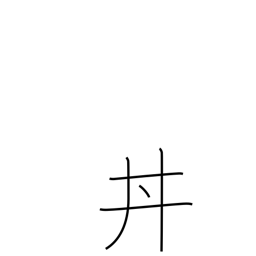
Meaning: bowl of food